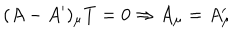
( A - A ^ { \prime } ) _ { \mu } T = 0 \Rightarrow A _ { \mu } = A _ { \mu } ^ { \prime }